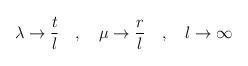
LaTeX: \begin{align*}\lambda\to \frac{t}{l} \quad , \quad \mu\to \frac{r}{l} \quad , \quad l\to\infty \end{align*}